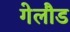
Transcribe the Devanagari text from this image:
गेलौड